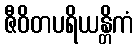
ဇီဝိတပရိယန္တိကံ